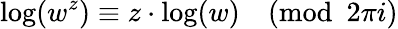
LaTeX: \log(w^{z})\equiv z\cdot\log(w){\pmod{2\pi i}}